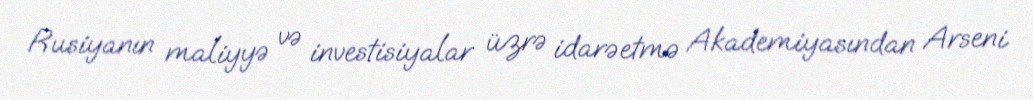
Rusiyanın maliyyə və investisiyalar üzrə idarəetmə Akademiyasından Arseni